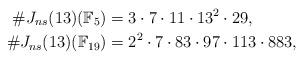
LaTeX: \begin{align*} \#J_{ns}(13)(\mathbb{F}_{5}) & = 3 \cdot 7 \cdot 11 \cdot 13^2 \cdot 29, \\ \#J_{ns}(13)(\mathbb{F}_{19}) & = 2^2 \cdot 7 \cdot 83 \cdot 97 \cdot 113 \cdot 883, \end{align*}